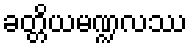
ခတ္တိယမဏ္ဍလဿ